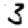
Digit: 3